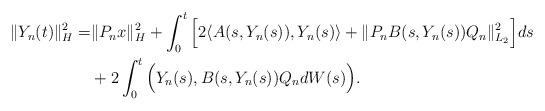
LaTeX: \begin{align*}\Vert Y_n(t) \Vert_H^2 = & \Vert P_n x \Vert_H^2 + \int_0^t \Big[ 2\langle A(s, Y_n(s)), Y_n(s) \rangle +\Vert P_n B(s,Y_n(s))Q_n \Vert_{L_2}^2 \Big] ds \\& + 2\int_0^t \Big( Y_n(s), B(s,Y_n(s))Q_n dW(s) \Big) .\end{align*}